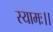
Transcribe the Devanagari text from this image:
स्यामः।।